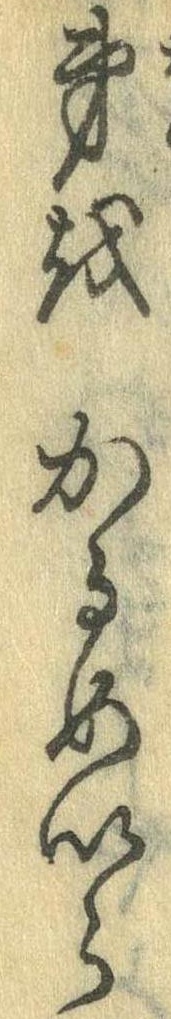
弟をかるめいら